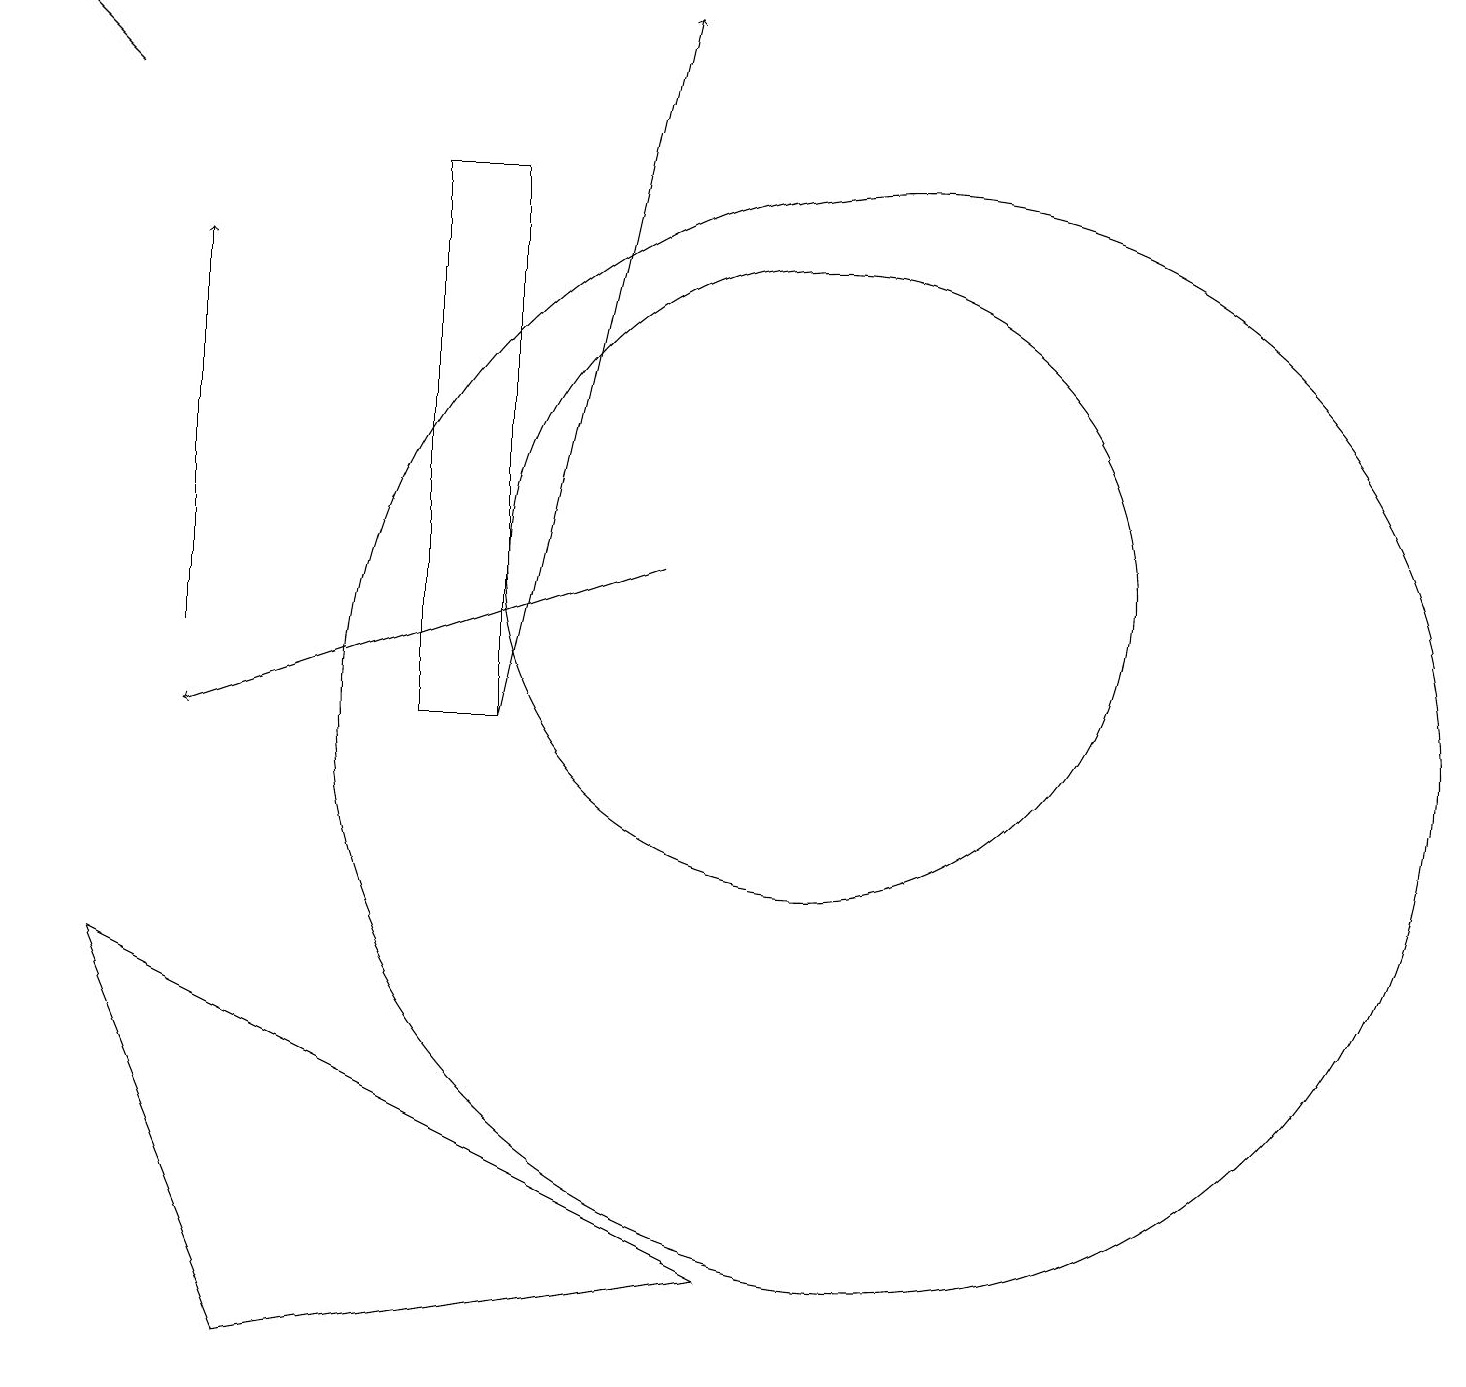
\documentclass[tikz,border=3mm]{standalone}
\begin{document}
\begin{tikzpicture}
\draw (11,10) circle (7);
\draw[->] (1,18) -- (0,19);
\draw[->] (8,12) -- (2,10);
\draw (3,2) -- (9,3) -- (1,7) -- cycle;
\draw[->] (2,11) -- (2,16);
\draw[->] (6,10) -- (8,19);
\draw (5,10) rectangle (6,17);
\draw (10,12) circle (4);
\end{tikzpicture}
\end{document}